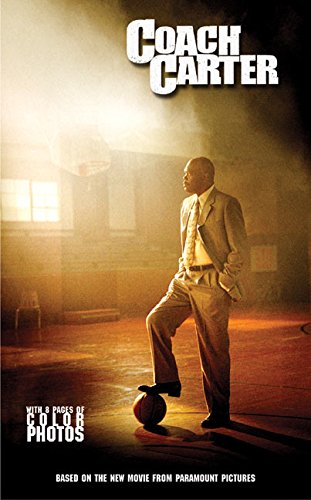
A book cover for Coach Carter; Jasmine Jones; Teen & Young Adult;